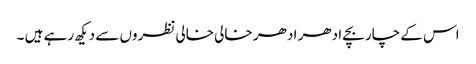
اس کے چار بچے ادھر اد ھر خالی خالی نظروں سے دیکھ رہے ہیں ۔